Leaving Certificate Examination, 1915
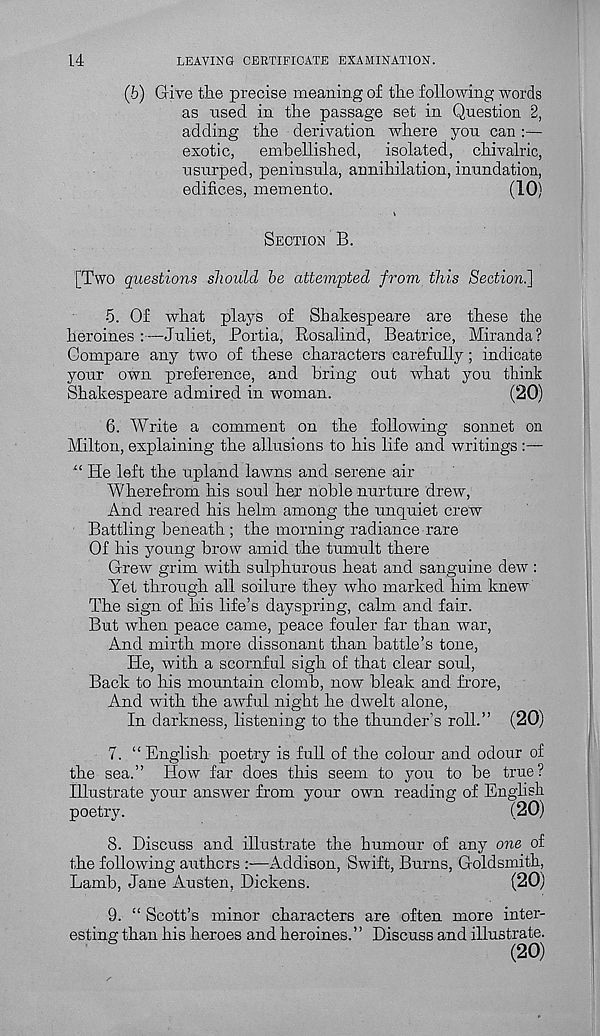
14
LEAVING CERTIFICATE EXAMINATION.
(b) Give the precise meaning of the following words
as used in the passage set in Question 2,
adding the derivation where you can :—
exotic, embellished, isolated, chivalric,
usurped, peninsula, annihilation, inundation,
edifices, memento.
(10)
*
SECTION B.
[Two questions should be attempted from this Section.]
5. Of what plays of Shakespeare are these the
heroines:—Juliet, Portia, Rosalind, Beatrice, Miranda?
Compare any two of these characters carefully; indicate
your own preference, and bring out what you think
Shakespeare admired in woman.
(20)
6. Write a comment on the following sonnet on
Milton, explaining the allusions to his life and writings :—
“ He left the upland lawns and serene air
Wherefrom his soul her noble nurture drew,
And reared his helm among the unquiet crew
Battling beneath ; the morning radiance rare
Of his young brow amid the tumult there
Grew grim with sulphurous heat and sanguine dew :
Yet through all soilure they who marked him knew
The sign of his life’s dayspring, calm and fair.
But when peace came, peace fouler far than war,
And mirth more dissonant than battle’s tone,
He, with a scornful sigh of that clear soul,
Back to his mountain clomb, now bleak and frore,
And with the awful night lie dwelt alone,
In darkness, listening to the thunder’s roll.” (20)
7. “ English poetry is full of the colour and odour of
the sea.” How far does this seem to you to be true?
Illustrate your answer from your own reading of English
poetry.
(20)
8. Discuss and illustrate the humour of any one of
the following authors :—Addison, Swift, Burns, Goldsmith,
Lamb, Jane Austen, Dickens.
(20)
9. “ Scott’s minor characters are often more inter-
esting than his heroes and heroines. ’ ’ Discuss and illustrate.
(20)